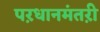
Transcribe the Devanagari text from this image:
पऱधानमंतऱी